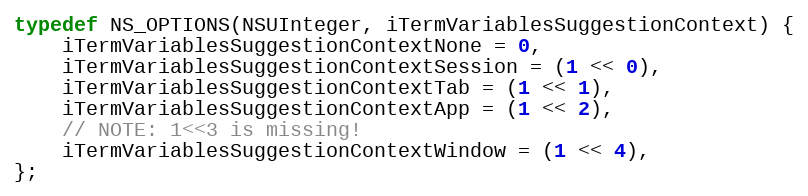
Language: C
typedef NS_OPTIONS(NSUInteger, iTermVariablesSuggestionContext) {
    iTermVariablesSuggestionContextNone = 0,
    iTermVariablesSuggestionContextSession = (1 << 0),
    iTermVariablesSuggestionContextTab = (1 << 1),
    iTermVariablesSuggestionContextApp = (1 << 2),
    // NOTE: 1<<3 is missing!
    iTermVariablesSuggestionContextWindow = (1 << 4),
};